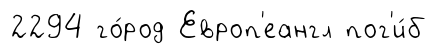
2294 го́род Европ'еангл пог'и́б